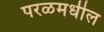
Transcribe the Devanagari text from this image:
परळमधील